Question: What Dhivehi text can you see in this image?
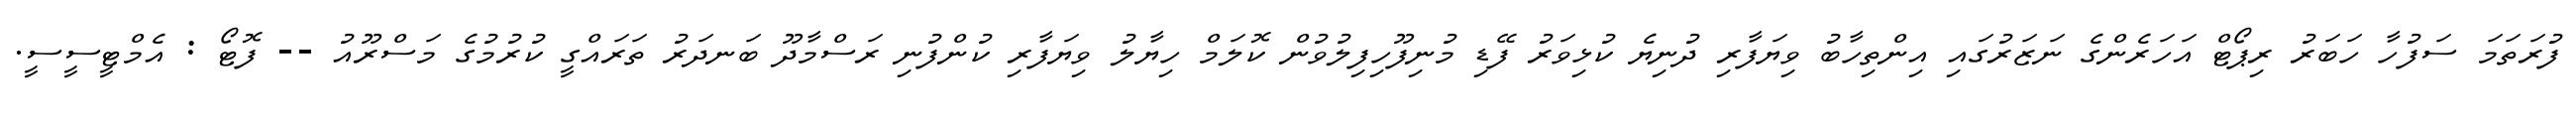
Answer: ފުރަތަމަ ސަފުހާ ހަބަރު ރިޕޯޓް އަހަރެންގެ ނަޒަރުގައި އިންތިހާބު ވިޔަފާރި ދުނިޔެ ކުޅިވަރު ފޭޑި މުނިފޫހިފިލުވުން ކޮލަމް ހިޔާލު ވިޔަފާރި ކުންފުނި ރަސްމާދޫ ބަނދަރު ތަރައްގީ ކުރުމުގެ މަސްރޫއު -- ފޮޓޯ : އެމްޓީސީސީ.